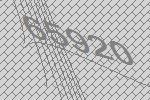
65920